Mustjala_vallavalitsus, lk 39
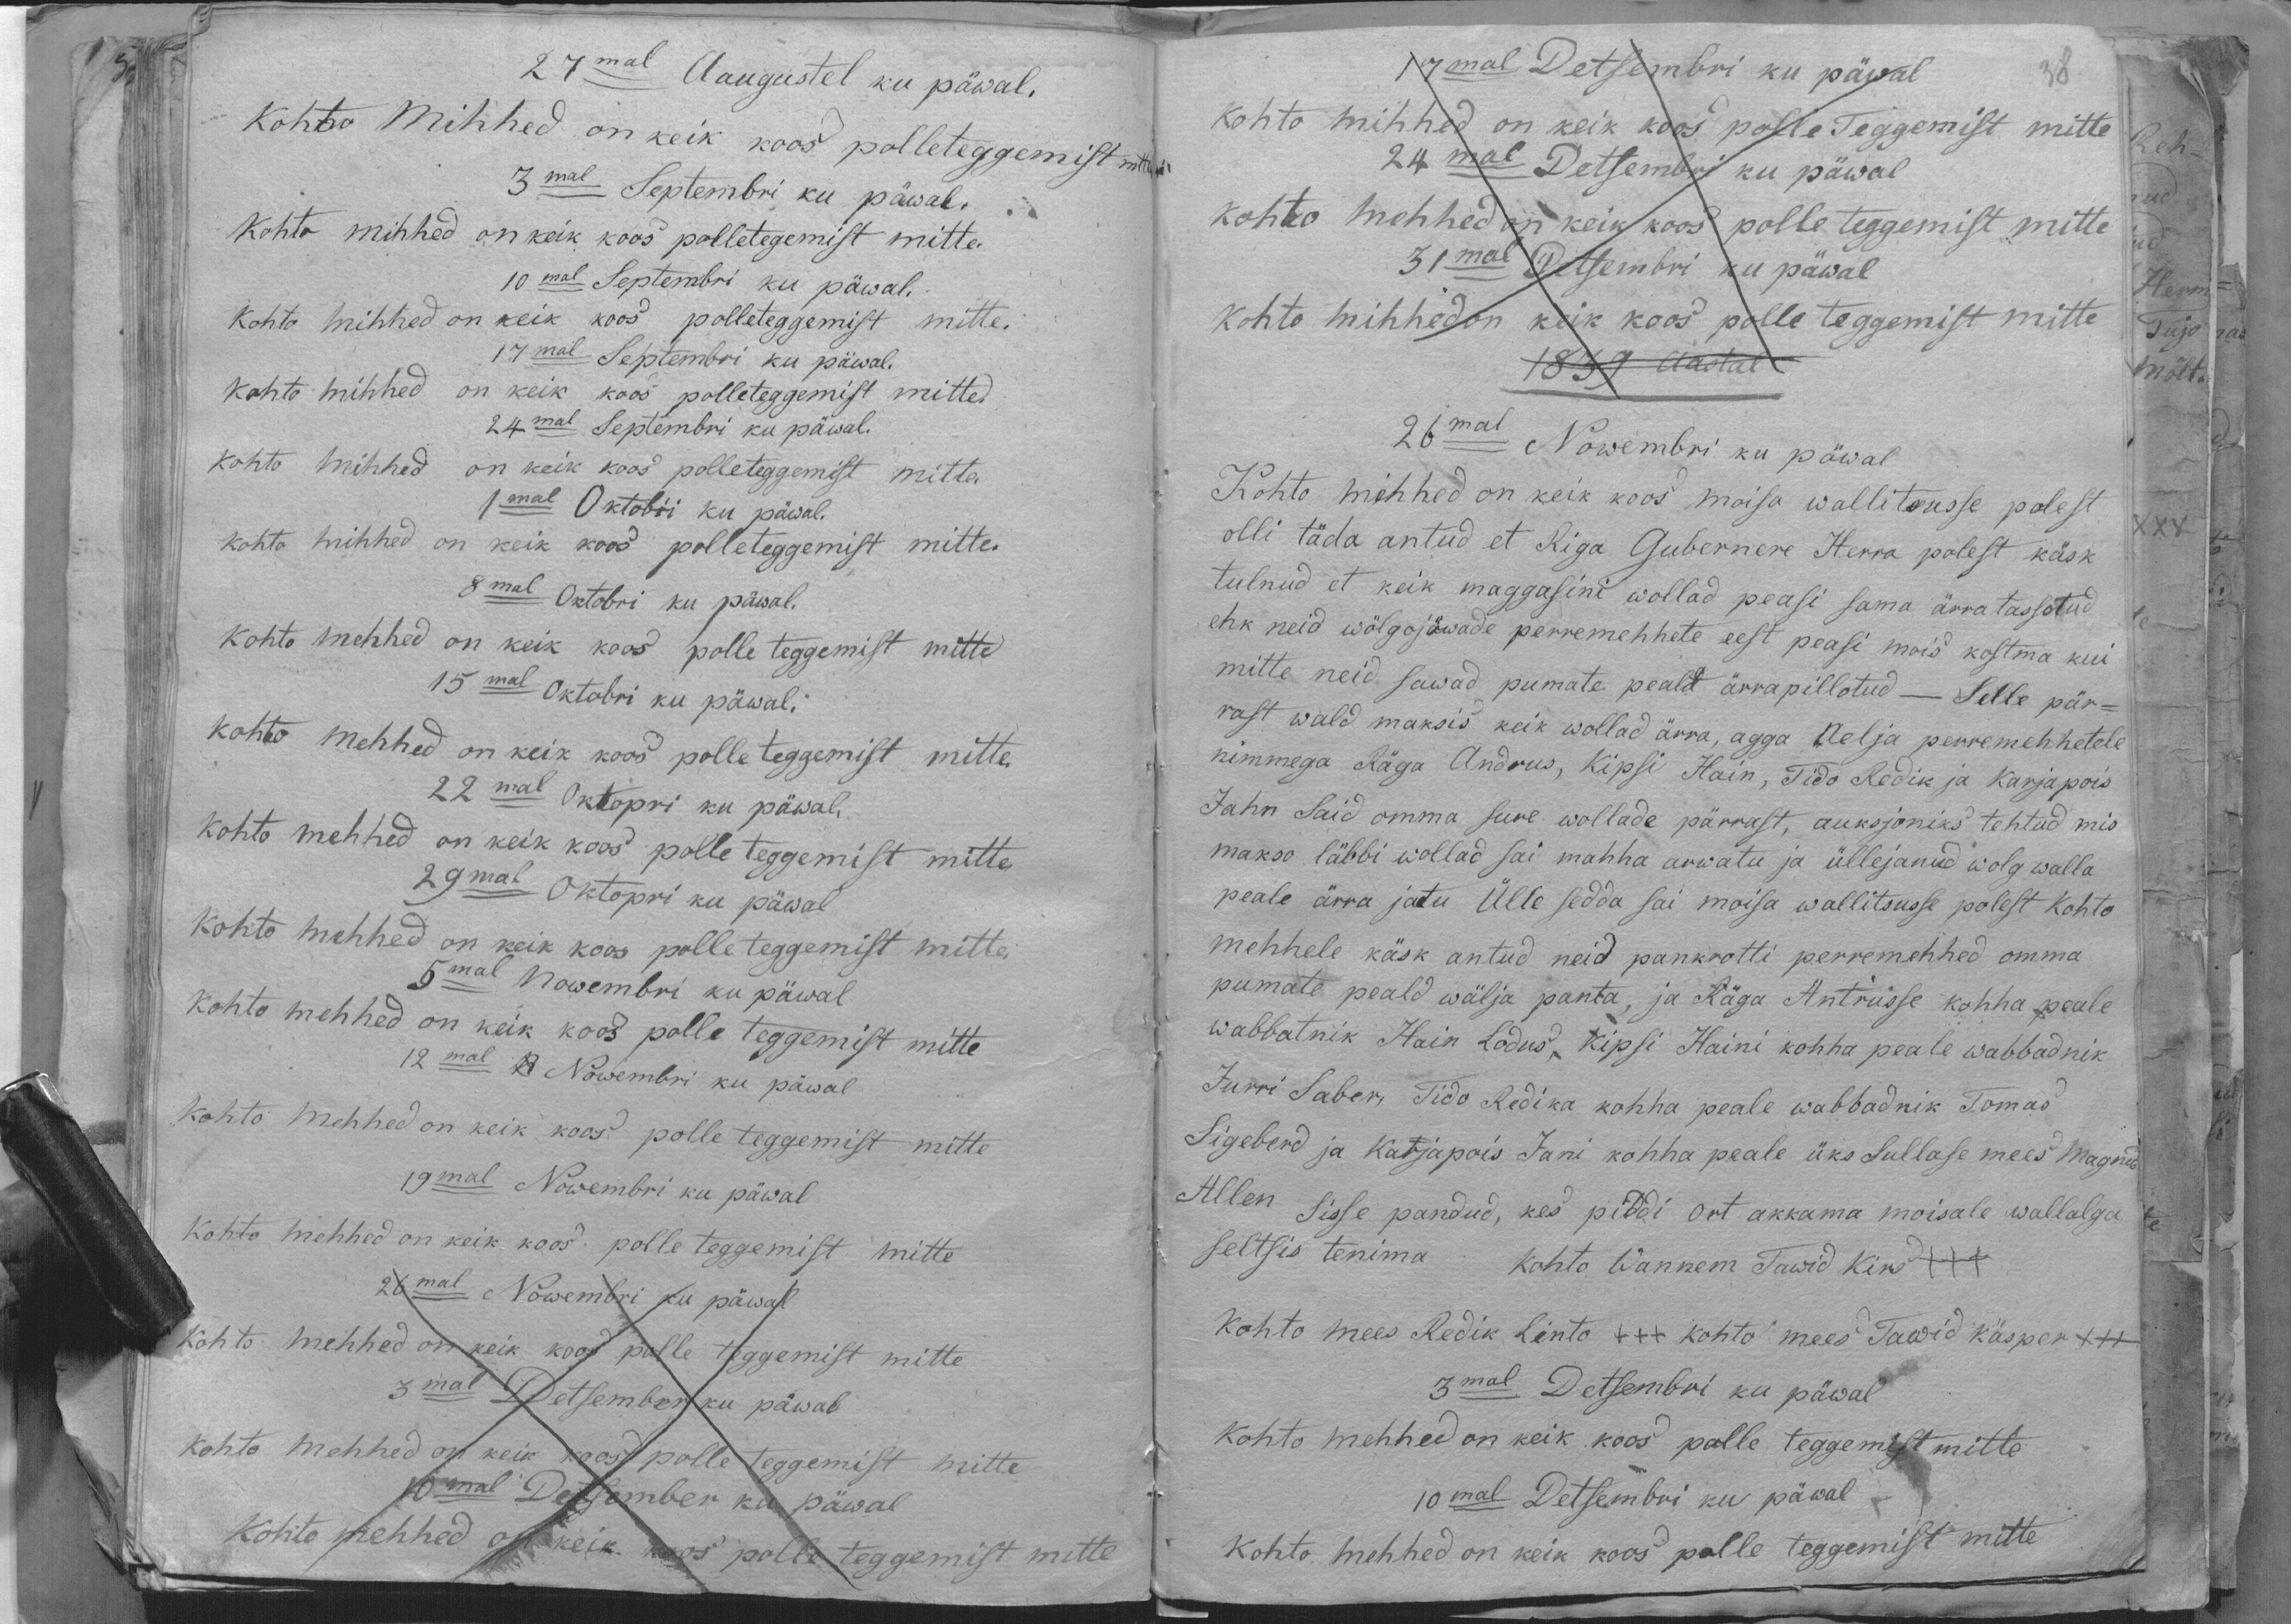
27mal Aaugustel ku päwal.
Kohto Mihhed on keik koos polleteggemist mitte
3mal Septembri ku päwal.
kohto mihhed on keik koos polletegemist mitte.
10mal Septembri ku päwal.
Kohto mihhed on keik koos polleteggemist mitte.
17mal Septembri ku päwal.
kohto mihhed on keik koos polleteggemist milled
24mal Septembri ku päwal.
Kohto Mihhed on keik koos polletegemist mitte
1mal Oktobri ku päwal.
kohto mihhed on keik koos polleteggemist mitte.
8mal Oktobri ku päwal.
kohto mehhed on keik koos polle teggemist mitte
15mal Oktobri ku päwal.
kohto mehhed on keik koos polle teggemist mitte
22mal Oktopri ku päwal,
Kohto mehhed on keik koos polle teggemist mitte
29mal Oktopri ku päwal.
Kohto mehhed on keik koos polle teggemist mitte
5mal Nowembri ku päwal
kohto mehhed on keik koos polle teggemist mitte
12mal Nowembri ku päwal
Kohto mehhed on keik koos polle teggemist mitte
19mal Nowembri ku päwal
Kohto mehhed on keik koos; polle teggemist mitte
26mal Nowembri ku päwal
kohto mehhed on keik koos polle teggemist mitte
3mal Detsember ku päwal
kohto mehhed on keik koos polle teggemist mitte
10mal Detsember ku päwal
Kohto mehhed on keik koos polle teggemist mitte

17mal Detsembri ku päwal
kohto mihhed on keik koos polle Toggemist mitte
24mal Detsembri ku päwal
kohto mehhed on keik koos polle teggemist mitte
31mal Detsembri ku päwal
kohto mihhed on keik koos palle teggemist mitte
1839 aastal
26mal Nowembri ku päwal
Kohto mihhed on keik koos moisa wallitsusse polest
olli täda antud et Riga Gubernere Herra polest käsk
tulnud et keik maggasini wollad peasi sama ärra tassotud
ehk neid wõlgojäwade perremehhete eest peasi mois kostma kui
mitte neid sawad pumate pealt ärrapillotud - Selle pär-
rast wald maksis keik wollad ärra, agga nelja perremehhetele
nimmega Räga Andrus, Kipsi Hain, Tido Redik ja Karjapois
Jahn Said omma sure wollade pärrast, auksjoniks tehtud mis
makso läbbi wollad sai mahha arwatu ja üllejanud wolg walla
peale ärra jatu Ülle sedda sai moisa wallitsusse polest kohto
mehhele käsk antud neid pankrotti perremehhed omma
pumate peald wälja panta, ja Räga Antrusse kohha peale
wabbatnik Hain Lodus, Kipsi Haini kohha peale wabbadnik
Jurri Saber, Tido Redika kohha peale wabbadnik Tomas
Sigeberd ja karjapois Jani kohha peale üks Sullase mees Magnus
Allen sisse pandud, kes piddi ort akkama moisale wallalga
seltsis tenima kohto Wannem Towid kirs
Kohto mees Redik Linto +++ kohto mees Tawid Käsper +++
3mal Detsembri ku päwal
Kohto mehhed on keik koos polle teggemist mitte
10mal Detsembri ku päwal
Kohto. mehhed on keik koos polle teggemist mitte